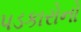
પડકારોનો